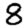
Digit: 8